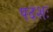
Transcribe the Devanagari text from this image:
पदशः